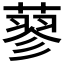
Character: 蓼